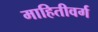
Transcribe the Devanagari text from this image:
माहितीवर्ग